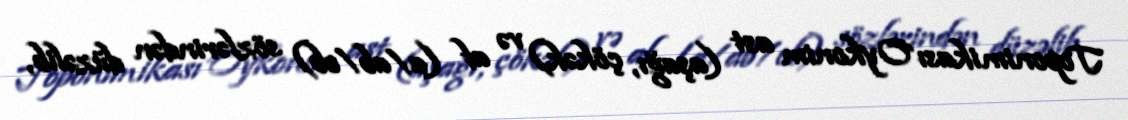
Toponimikası Oykonim ast (aşağı, çökək) və af (a/ab/ob) sözlərindən düzəlib,